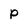
Character: p